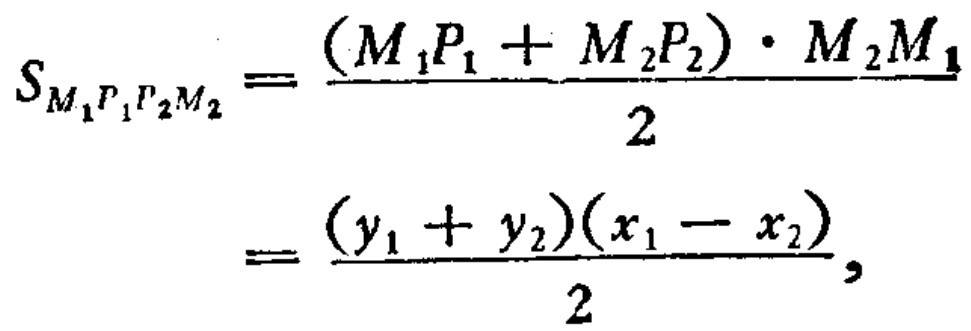
\[
\begin{align*}
S_{M_{1}P_{1}P_{2}M_{2}}&=\frac{(M_{1}P_{1}+M_{2}P_{2})\cdot M_{2}M_{1}}{2}\\
&=\frac{(y_{1} + y_{2})(x_{1}-x_{2})}{2},
\end{align*}
\]